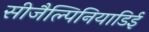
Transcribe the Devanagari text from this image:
सीजैल्पिनियाडिई